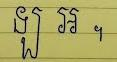
ឡ អ ។